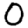
Digit: 0